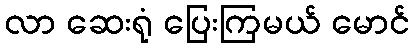
လာ ဆေးရုံ ပြေးကြမယ် မောင်